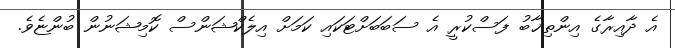
އެ ދާއިރާގެ އިންތިޚާބު ފަސްކުރީ އެ ސަބަބަށްޓަކައި ކަމަށް އިލެކްޝަންސް ކޮމިޝަނުން ބުންޏެވެ.